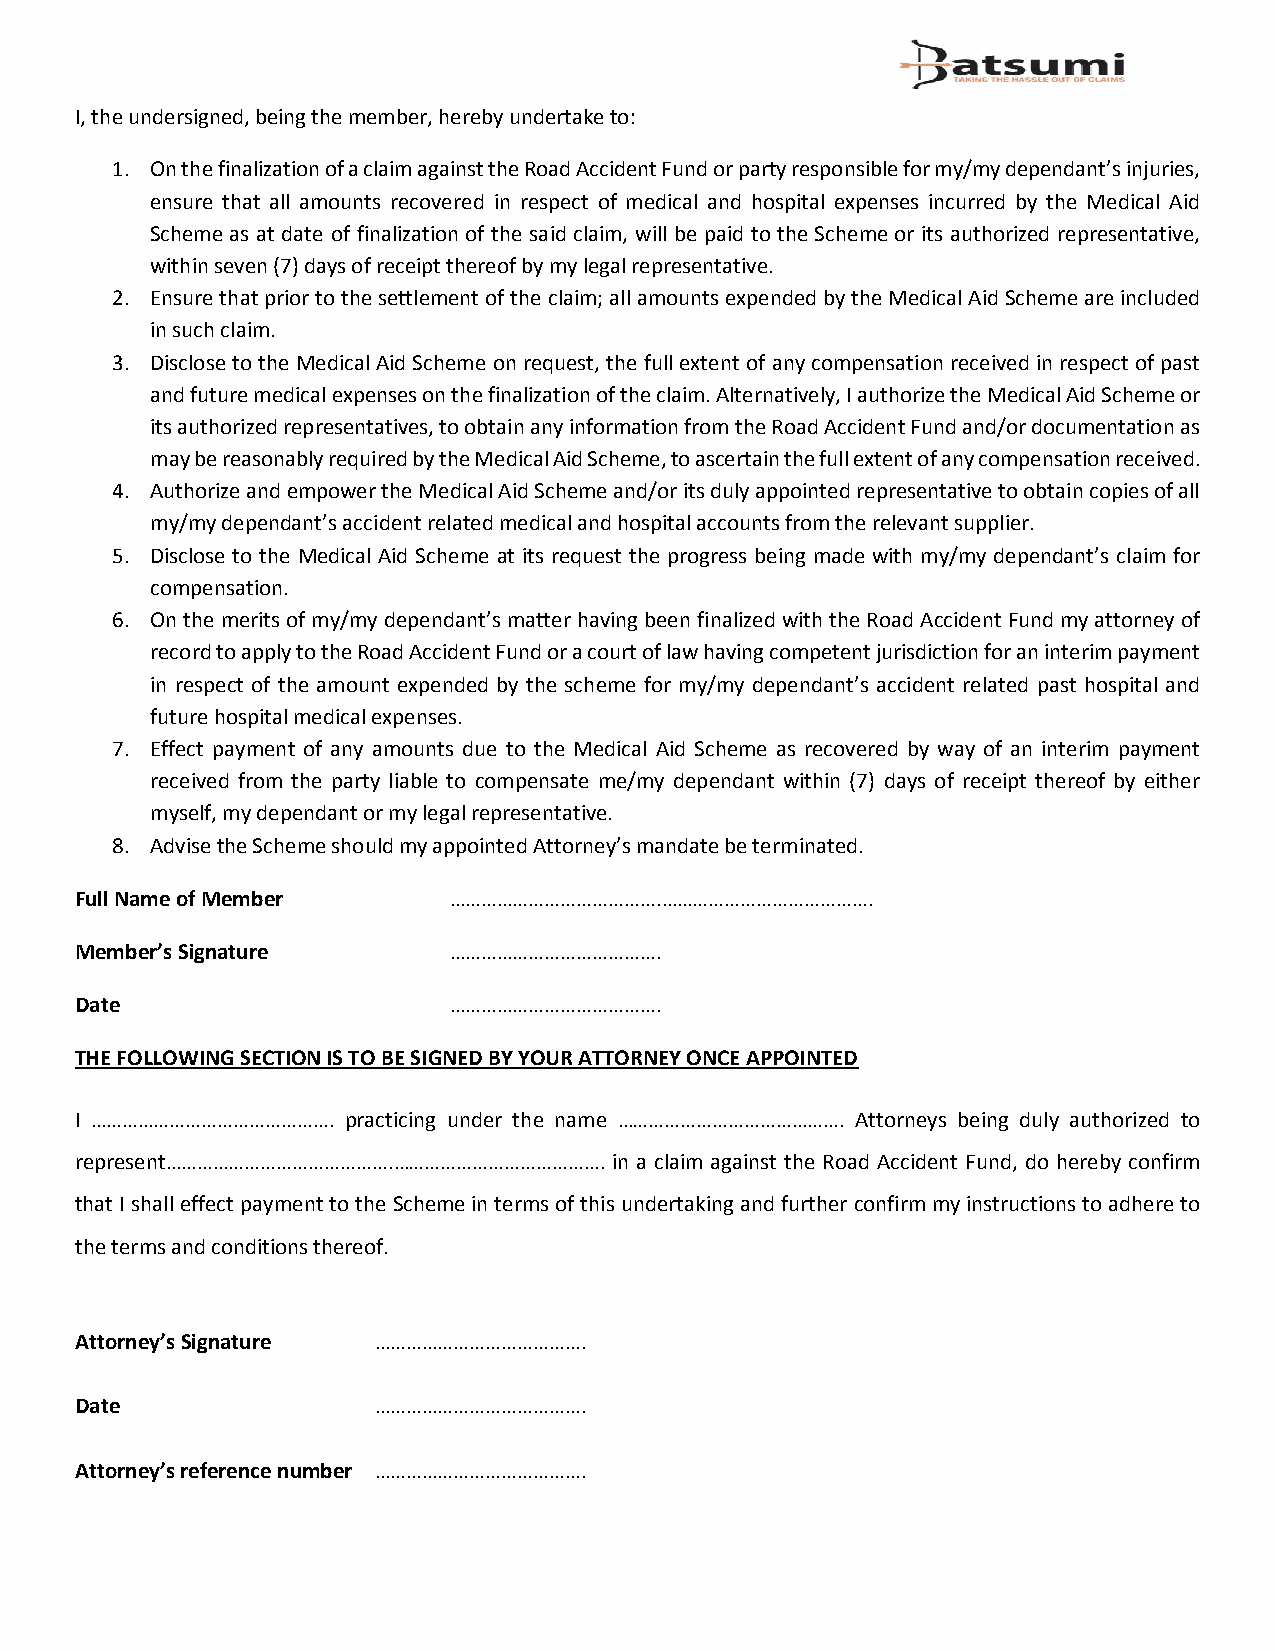
I, the undersigned, being the member, hereby undertake to:
 1. On the finalization of a claim against the Road Accident Fund or party responsible for my/my dependant’s injuries,
 ensure that all amounts recovered in respect of medical and hospital expenses incurred by the Medical Aid
 Scheme as at date of finalization of the said claim, will be paid to the Scheme or its authorized representative,
 within seven (7) days of receipt thereof by my legal representative.
 2. Ensure that prior to the settlement of the claim; all amounts expended by the Medical Aid Scheme are included
 in such claim.
 3. Disclose to the Medical Aid Scheme on request, the full extent of any compensation received in respect of past
 and future medical expenses on the finalization of the claim. Alternatively, I authorize the Medical Aid Scheme or
 its authorized representatives, to obtain any information from the Road Accident Fund and/or documentation as
 may be reasonably required by the Medical Aid Scheme, to ascertain the full extent of any compensation received.
 4. Authorize and empower the Medical Aid Scheme and/or its duly appointed representative to obtain copies of all
 my/my dependant’s accident related medical and hospital accounts from the relevant supplier.
 5. Disclose to the Medical Aid Scheme at its request the progress being made with my/my dependant’s claim for
 compensation.
 6. On the merits of my/my dependant’s matter having been finalized with the Road Accident Fund my attorney of
 record to apply to the Road Accident Fund or a court of law having competent jurisdiction for an interim payment
 in respect of the amount expended by the scheme for my/my dependant’s accident related past hospital and
 future hospital medical expenses.
 7. Effect payment of any amounts due to the Medical Aid Scheme as recovered by way of an interim payment
 received from the party liable to compensate me/my dependant within (7) days of receipt thereof by either
 myself, my dependant or my legal representative.
 8. Advise the Scheme should my appointed Attorney’s mandate be terminated.
 Full Name of Member      ………………………………….………………………………….
 Member’s Signature       ………………………………….
 Date                     ………………………………….
 THE FOLLOWING SECTION IS TO BE SIGNED BY YOUR ATTORNEY ONCE APPOINTED
 I ………………………………………. practicing under the name ……………………………………. Attorneys being duly authorized to
 represent…………………………………….…………………………………. in a claim against the Road Accident Fund, do hereby confirm
 that I shall effect payment to the Scheme in terms of this undertaking and further confirm my instructions to adhere to
 the terms and conditions thereof.
 Attorney’s Signature ………………………………….
 Date                ………………………………….
 Attorney’s reference number ………………………………….